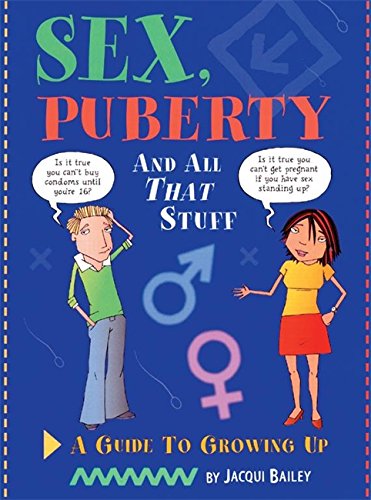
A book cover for Sex, Puberty and All That Stuff: A Guide to Growing Up (One Shot); Jacqui Bailey; Teen & Young Adult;